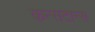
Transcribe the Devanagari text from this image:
कन्सटान्स